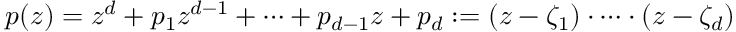
p ( z ) = z ^ { d } + p _ { 1 } z ^ { d - 1 } + \cdots + p _ { d - 1 } z + p _ { d } : = ( z - \zeta _ { 1 } ) \cdot \cdots \cdot ( z - \zeta _ { d } )